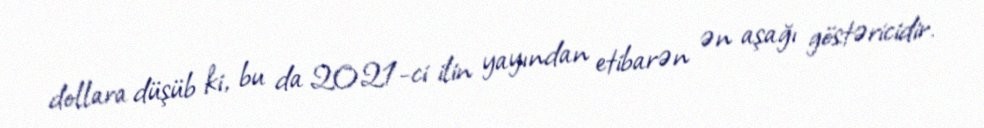
dollara düşüb ki, bu da 2021-ci ilin yayından etibarən ən aşağı göstəricidir.